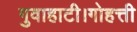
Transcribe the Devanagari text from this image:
गुवाहाटी।गोहत्ती